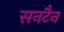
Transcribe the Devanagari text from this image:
सनटैन